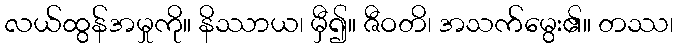
လယ်ထွန်အမှုကို။ နိဿာယ၊ မှီ၍။ ဇီဝတိ၊ အသက်မွေး၏။ တဿ၊